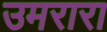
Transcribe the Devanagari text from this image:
उमरारा